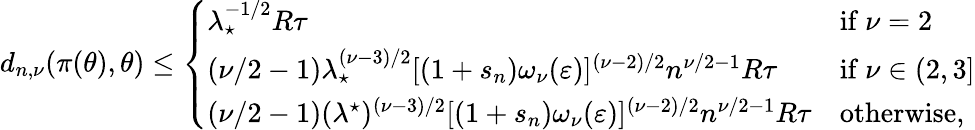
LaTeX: \begin{array}{r}{d_{n,\nu}(\pi(\theta),\theta)\le\left\{ \begin{array}{ll}{\lambda_{\star}^{-1/2}R\tau}&{\mathrm{if~}\nu=2}\\ {(\nu/2-1)\lambda_{\star}^{(\nu-3)/2}[(1+s_{n})\omega_{\nu}(\varepsilon)]^{(\nu-2)/2}n^{\nu/2-1}R\tau}&{\mathrm{if~}\nu\in(2,3]}\\ {(\nu/2-1)(\lambda^{\star})^{(\nu-3)/2}[(1+s_{n})\omega_{\nu}(\varepsilon)]^{(\nu-2)/2}n^{\nu/2-1}R\tau}&{\mathrm{otherwise},}\end{array}\right.}\end{array}